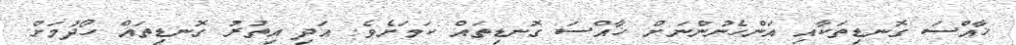
ޚާއްސަ ގޮނޑިތަކާއި އަންހެނުންނަށް ޚާއްސަ ގޮނޑިތައް ކަމަށެވެ. އަދި އިތުރު ގޮނޑިތައް ހޯދުމަށް